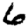
Digit: 6